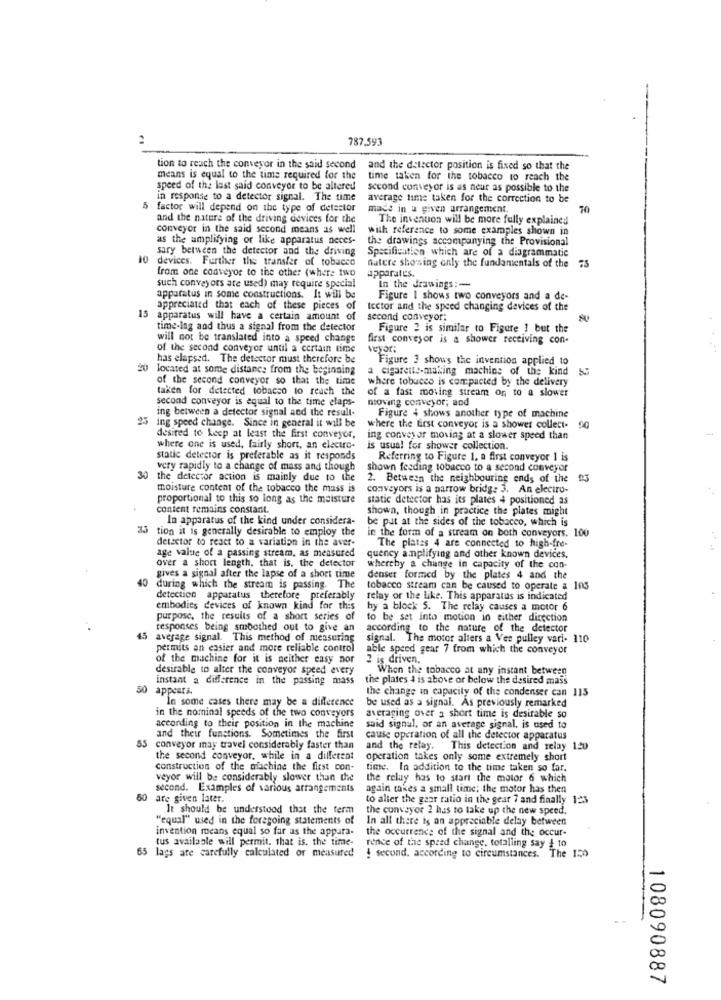
787.593
tion to reach the conveyor in the said second
and the detector position is fixed so that the
means is equal to the time required for the
time taken for the tobacco to reach the
speed of the last said conveyor to be altered
second conveyor is as neur as possible to the
in response to a detector signal. The time
average time taken for the correction to be
5 factor will depend on the type of detector
made in a given arrangement.
and the nature of the driving devices for the
"The invention will be more fully explained
conveyor in the said second means as well
with reference to some examples shown in
as the amplifying or like apparatus neces-
the drawings accompanying the Provisional
sary between the detector and the driving
Specification which are of a diagrammatic
10
devices. Further the transfer of tobacco
from one conveyor to the other (where two
natere showing only the fundamentals of the 75
apparates.
such conveyors are used) may require special
In the drawings :-
apparatus in some constructions. It will be
Figure 1 shows two conveyors and a de-
appreciated that each of these pieces of
lector and the speed changing devices of the
15 apparatus will have a certain amount of
second conveyor:
time-lag and thus a signal from the detector
Figure 2 is similar to Figure 1 but the
will not be translated into a speed change
first conveyor is a shower receiving con-
of the second conveyor until a certain time
veyor:
has elapsed. The detector must therefore be
Figure 3 shows the invention applied to
20 located at some distance from the beginning
a cigarette-making machins of the kind
of the second conveyor so that the time
where tobuccs is compacted by the delivery
taken for detected tobacco to reach the
of a fast moving stream on to a slower
second conveyor is equal to the time elaps-
ntoving conveyor; and
ing between a detector signal and the result-
25 ing speed change. Since in general it will be
Figure 4 shows another type of machine
where the first conveyor is a shower collect.
desired to keep at least the first conveyor,
ing conveyor moving at a slower speed than
where one is used, fairly short, an electro-
is usual for shower collection.
static detector is preferable as it responds
Referring to Figure 1. a first conveyor 1 is
very rapidly to a change of mass and though
shown feeding tobacco to a second conveyor
30 the detector action is mainly due to the
2. Between the neighbouring ends of the
moisture content of the tobacco the mass is
conveyors is a narrow bridg: 3. An electro-
proportional to this so long as the moisture
static detector has its plates 4 positioned as
content remains constant.
shown, though in practice the plates might
In apparatus of the kind under considera-
be put at the sides of the tobacco, which is
35
tion it is generally desirable to employ the
in the form of a stream on both conveyors. 100
detector to react to a variation in the aver-
age value of a passing stream, as measured
The plates 4 are connected to high-fre-
over a short length, that is, the detector
quency amplifying and other known devices.
gives a signal after the lapse of a short time
whereby a change in capacity of the con-
40
denser formed by the plates 4 and the
during which the stream is passing. The
tobacco stream can be caused to operate a 105
detection apparatus therefore preferably
relay or the like. This apparatus is indicated
embodies devices of known kind for this
hy a block 5. The relay causes a motor 6
purpose, the results of a short series of
to be set into motion in either direction
responses being smoothed out to give an
according to the nature of the detector
45
average signal. This method of measuring
signal. The motor alters a Vee pulley vari- 110
permits an easier and more reliable control
able speed gear 7 from which the conveyor
of the machine for it is neither easy nor
2 is driven.
desirable to alter the conveyor speed every
When the tobacco at any instant between
instant a difference in the passing mass
the plates 4 is above or below the desired mass
appears.
the change in capacity of the condenser can 115
In some cases there may be a difference
in the nominal speeds of the two conveyors
be used as a signal. As previously remarked
averaging over a short time is desirable so
according to their position in the machine
said signal, or an average signal, is used to
.55
and their functions. Sometimes the first
cause operation of all the detector apparatus
conveyor may travel considerably faster than
and the relay. This detection and relay 120
the second conveyor, while in a different
operation takes only some extremely short
construction of the alaachine the first con-
time. In addition to the time taken so far.
veyor will be considerably slower than the
the relay has to start the motor 6 which
second. Examples of various arrangements
again takes a small time; the motor has then
60 are given later.
to alter the gear ratio in the gear 7 and finally 123
It should be understood that the term
the conveyor 2 has to take up the new speed.
"equal" used in the foregoing statements of
In all there is on appreciable delay between
invention means equal so far as the appara-
the occurrence of the signal and the occur-
tus available will permit. that is. the time-
65 lags are carefully calculated or measured
rence of the speed change, totalling say & to
! second. according to circumstances. The 150
108090887